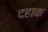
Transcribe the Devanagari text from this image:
दहाक